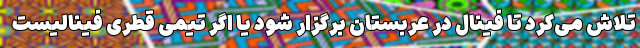
تلاش می‌کرد تا فینال در عربستان برگزار شود یا اگر تیمی قطری فینالیست